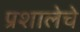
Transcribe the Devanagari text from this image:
प्रशालेचे